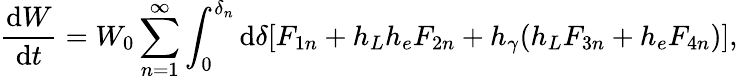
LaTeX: \frac{\mathrm{d}W}{\mathrm{d}t}=W_{0}\sum_{n=1}^{\infty}\int_{0}^{\delta_{n}}\mathrm{d}\delta[F_{1n}+h_{L}h_{e}F_{2n}+h_{\gamma}(h_{L}F_{3n}+h_{e}F_{4n})],